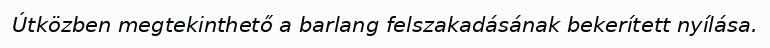
Útközben megtekinthető a barlang felszakadásának bekerített nyílása.